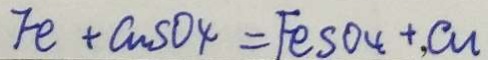
F e + C u S O 4 = F e S O _ { 4 } + , C u